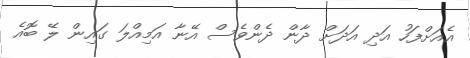
އެއަށްފަހު އަދި އަދަށް ދާން ދެންވެސް އޭނާ އަމިއްލަ ގައިން ލޭ ބޮއެ